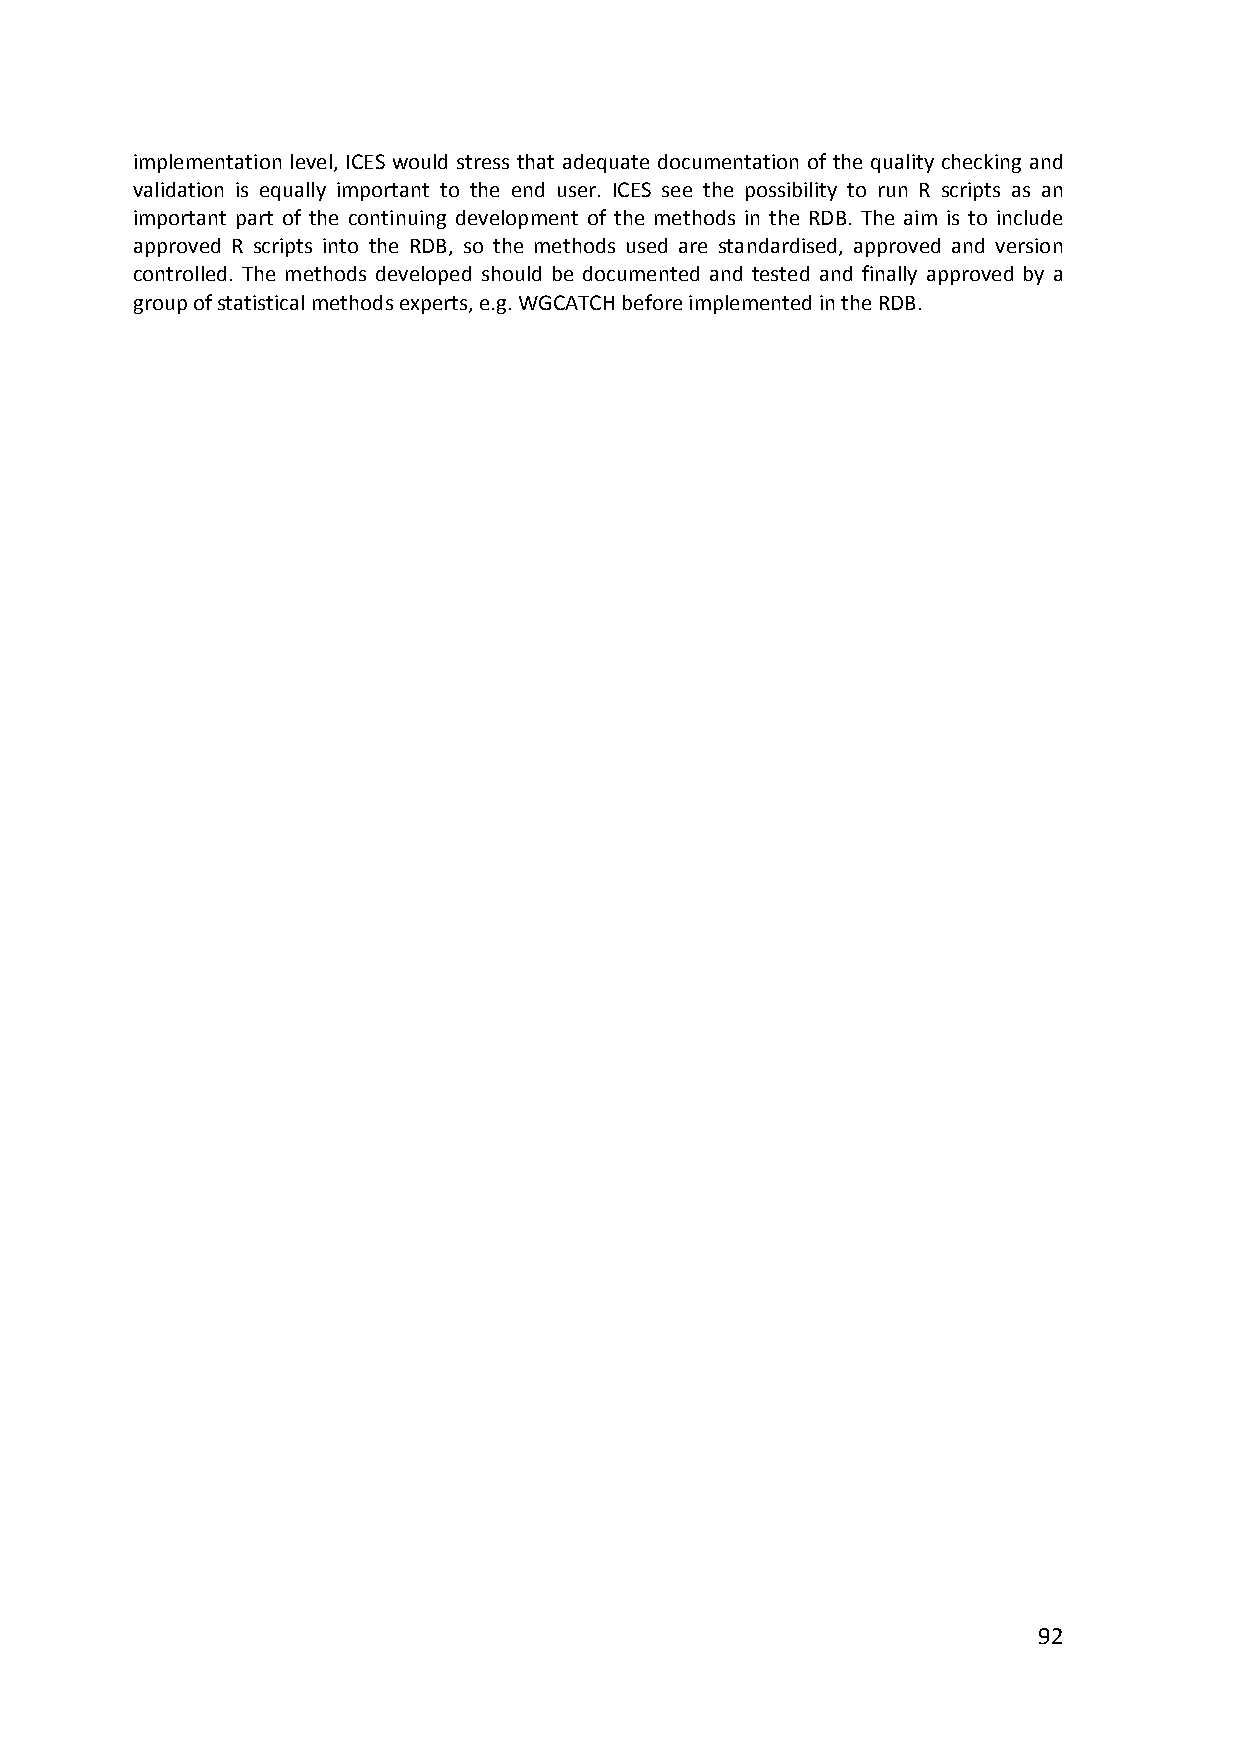
implementation level, ICES would stress that adequate documentation of the quality checking and
 validation is equally important to the end user. ICES see the possibility to run R scripts as an
 important part of the continuing development of the methods in the RDB. The aim is to include
 approved R scripts into the RDB, so the methods used are standardised, approved and version
 controlled. The methods developed should be documented and tested and finally approved by a
 group of statistical methods experts, e.g. WGCATCH before implemented in the RDB.
 92